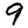
Digit: 9